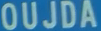
OUJDA